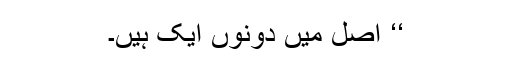
‘‘ اصل میں دونوں ایک ہیں۔